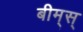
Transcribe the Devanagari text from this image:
बीम्‌स्‌